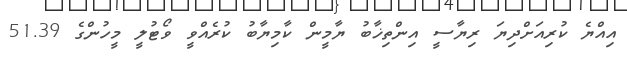
އިއްޔެ ކުރިއަށްދިޔަ ރިޔާސީ އިންތިޚާބު ޔާމީން ކާމިޔާބު ކުރެއްވީ ވޯޓުލީ މީހުންގެ 51.39